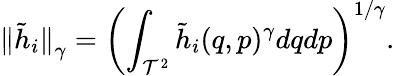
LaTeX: {\| \tilde{h}_{i}\| }_{\gamma}=\left(\int_{{\cal{T}}^{2}}{\tilde{h}_{i}(q,p)^{\gamma}dqdp}\right)^{1/\gamma}.